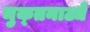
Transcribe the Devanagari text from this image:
मुक्‍तनाट्ये